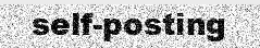
self-posting